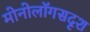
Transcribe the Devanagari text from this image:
मोनोलॉगसदृश